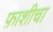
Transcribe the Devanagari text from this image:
फ़ाशीचा